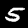
Label: 5